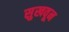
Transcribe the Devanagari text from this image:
सुखवून